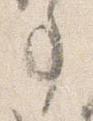
事